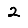
Digit: 2